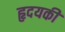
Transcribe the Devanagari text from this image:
हृदयकी